Annual report on the Civil Veterinary Department, Burma (including the Insein Veterinary School) - 1910-1922
Year: 1910
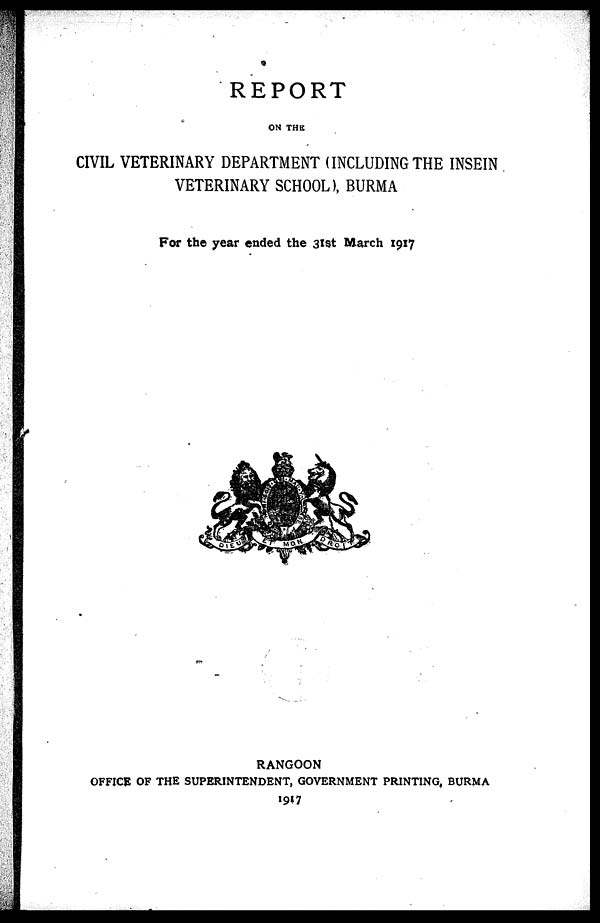
REPORT
ON THE
CIVIL VETERINARY DEPARTMENT (INCLUDING THE INSEIN
VETERINARY SCHOOL), BURMA
For the year ended the 31st March 1917
RANGOON
OFFICE OF THE SUPERINTENDENT, GOVERNMENT PRINTING, BURMA
1917